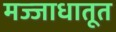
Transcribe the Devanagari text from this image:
मज्जाधातूत